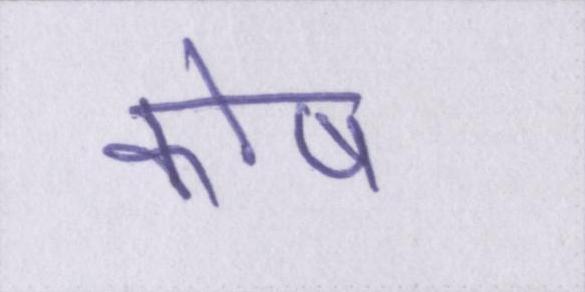
कोष